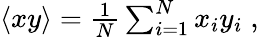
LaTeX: \begin{array}{r}{\langle xy\rangle=\frac{1}{N}\sum_{i=1}^{N}x_{i}y_{i}\; ,}\end{array}